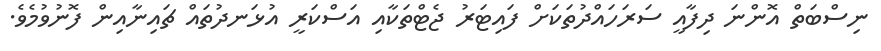
ނިސްބަތް އޮންނަ ދިފާއީ ސަރަހައްދުތަކަށް ފައިޓަރު ޖެޓްތަކާއި އަސްކަރީ އުޅަނދުތައް ޗައިނާއިން ފޮނުވުމެވެ.